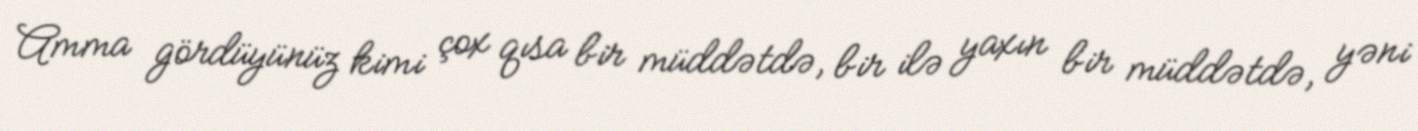
Amma gördüyünüz kimi çox qısa bir müddətdə, bir ilə yaxın bir müddətdə, yəni